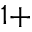
1 +